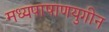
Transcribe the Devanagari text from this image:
मध्यपाषाणयुगीन